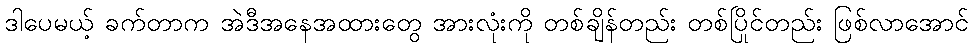
ဒါပေမယ့် ခက်တာက အဲဒီအနေအထားတွေ အားလုံးကို တစ်ချိန်တည်း တစ်ပြိုင်တည်း ဖြစ်လာအောင်